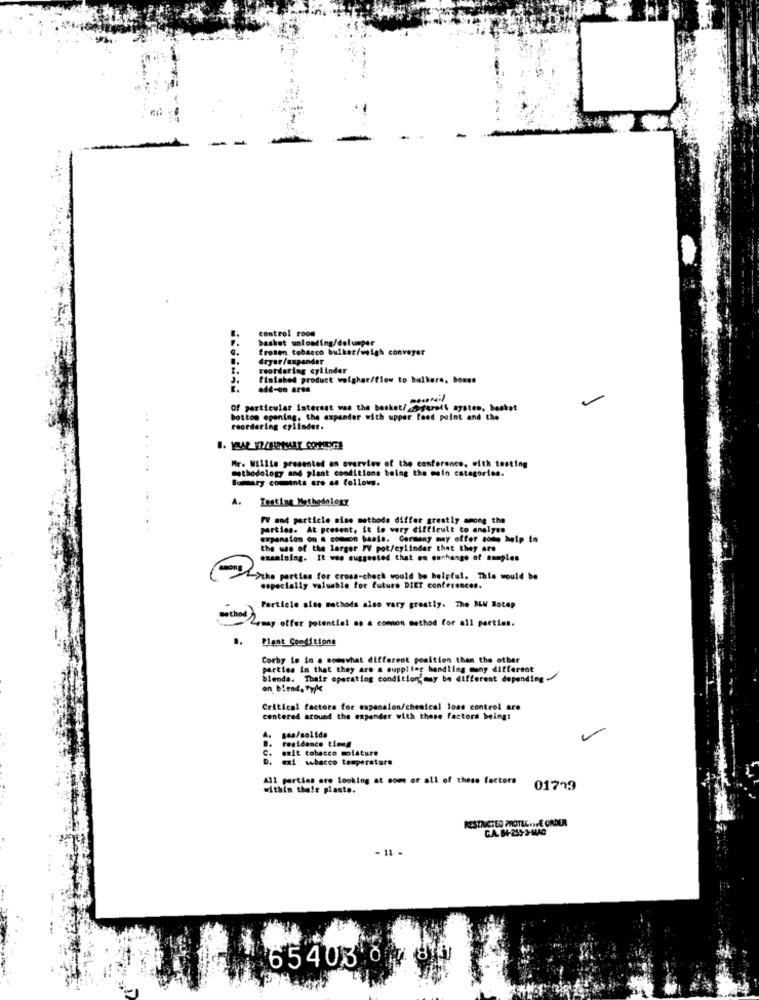
control room
basket unloading/dolumper
fromen tobacco bulker/weigh conveyer
dryer/expander
reordering cylinder
3.
finished product wolgher/flow to bulkere, boxen
add-on area
Of particular Interest was the basket/
t/ assurait aysten, basket
..
bottom opening, the expander with upper feed point and the
reordering cylinder.
methodology and plant conditions being the main categories.
Mr. Willte presented an overview of the conference, with testing
Bumary comments are as follows.
A.
Testing Methodology
PV and particle mise methode differ greatly among the
parties. At present, it lo very difficult to analyse
expansion on a common baele. Germany may offer some help in
the use of the larger FV pot/cylinder that they are
examining. It was suggvoted that on exchange of samples
->the parties for cross-check would be helpful. This would be
especially valuable for future DIET conferences.
Particle siee methods also vary greatly. The BLV Hotep
method
2,may offer potential ao a comon method for all parties.
Plant Conditions
Corby io in a somewhat different position than the other
parties in that they are a supplier handling many different
blends. Thair operating condition;may be different depending
on blend, type
Critical factora for expansion/cheatcal lons control are
centered around the expander with these factors being:
Boa/solida
residence times
C. amit tobacco molature
D.
exi' wbacco temperature
All parties are looking at some or all of these factors
within their plaste.
01799
RESTIMCTED PROTECHIFE ORDER
CA. 84-259-3-M440
- 11
65403